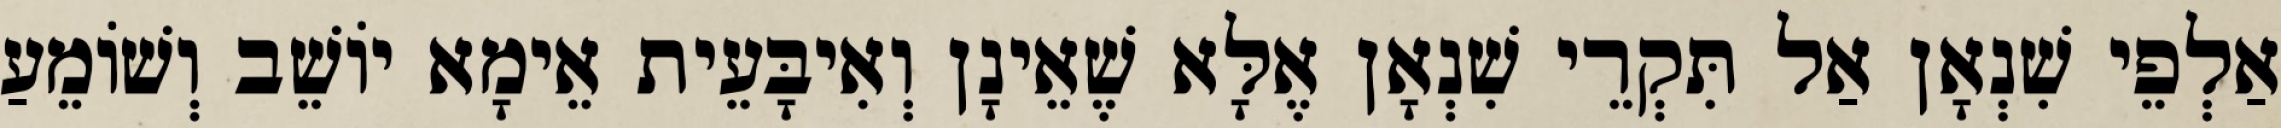
אַלְפֵי שִׁנְאָן אַל תִּקְרֵי שִׁנְאָן אֶלָּא שֶׁאֵינָן וְאִיבָּעֵית אֵימָא יוֹשֵׁב וְשׁוֹמֵעַ